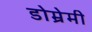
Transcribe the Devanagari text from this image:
डोम्रेमी